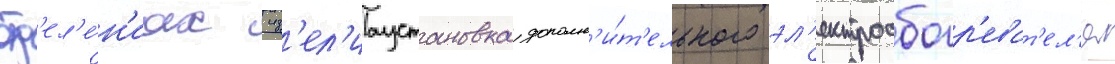
отд'ел'е́н'иах изд'ел'иаустановка дополн'и́т'ельного эл'ектрообогр'еват'ел'я